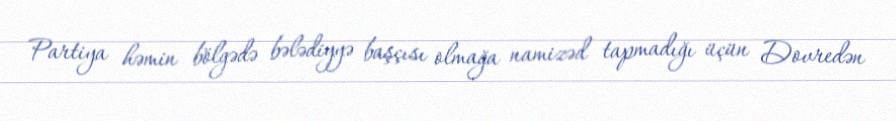
Partiya həmin bölgədə bələdiyyə başçısı olmağa namizəd tapmadığı üçün Dovredən